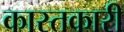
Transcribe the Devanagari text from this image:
कास्तकारी